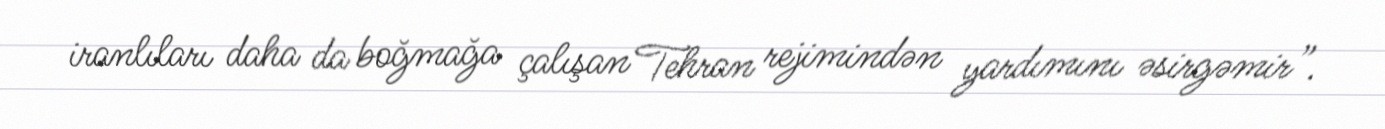
iranlıları daha da boğmağa çalışan Tehran rejimindən yardımını əsirgəmir”.